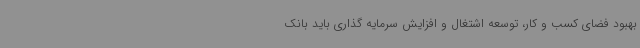
بهبود فضای کسب و کار، توسعه اشتغال و افزایش سرمایه گذاری باید بانک